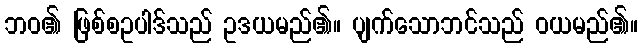
ဘဝ၏ ဖြစ်စဥပါဒ်သည် ဥဒယမည်၏။ ပျက်သောဘင်သည် ဝယမည်၏။